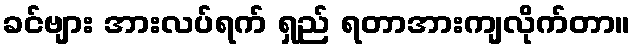
ခင်ဗျား အားလပ်ရက် ရှည် ရတာအားကျလိုက်တာ။